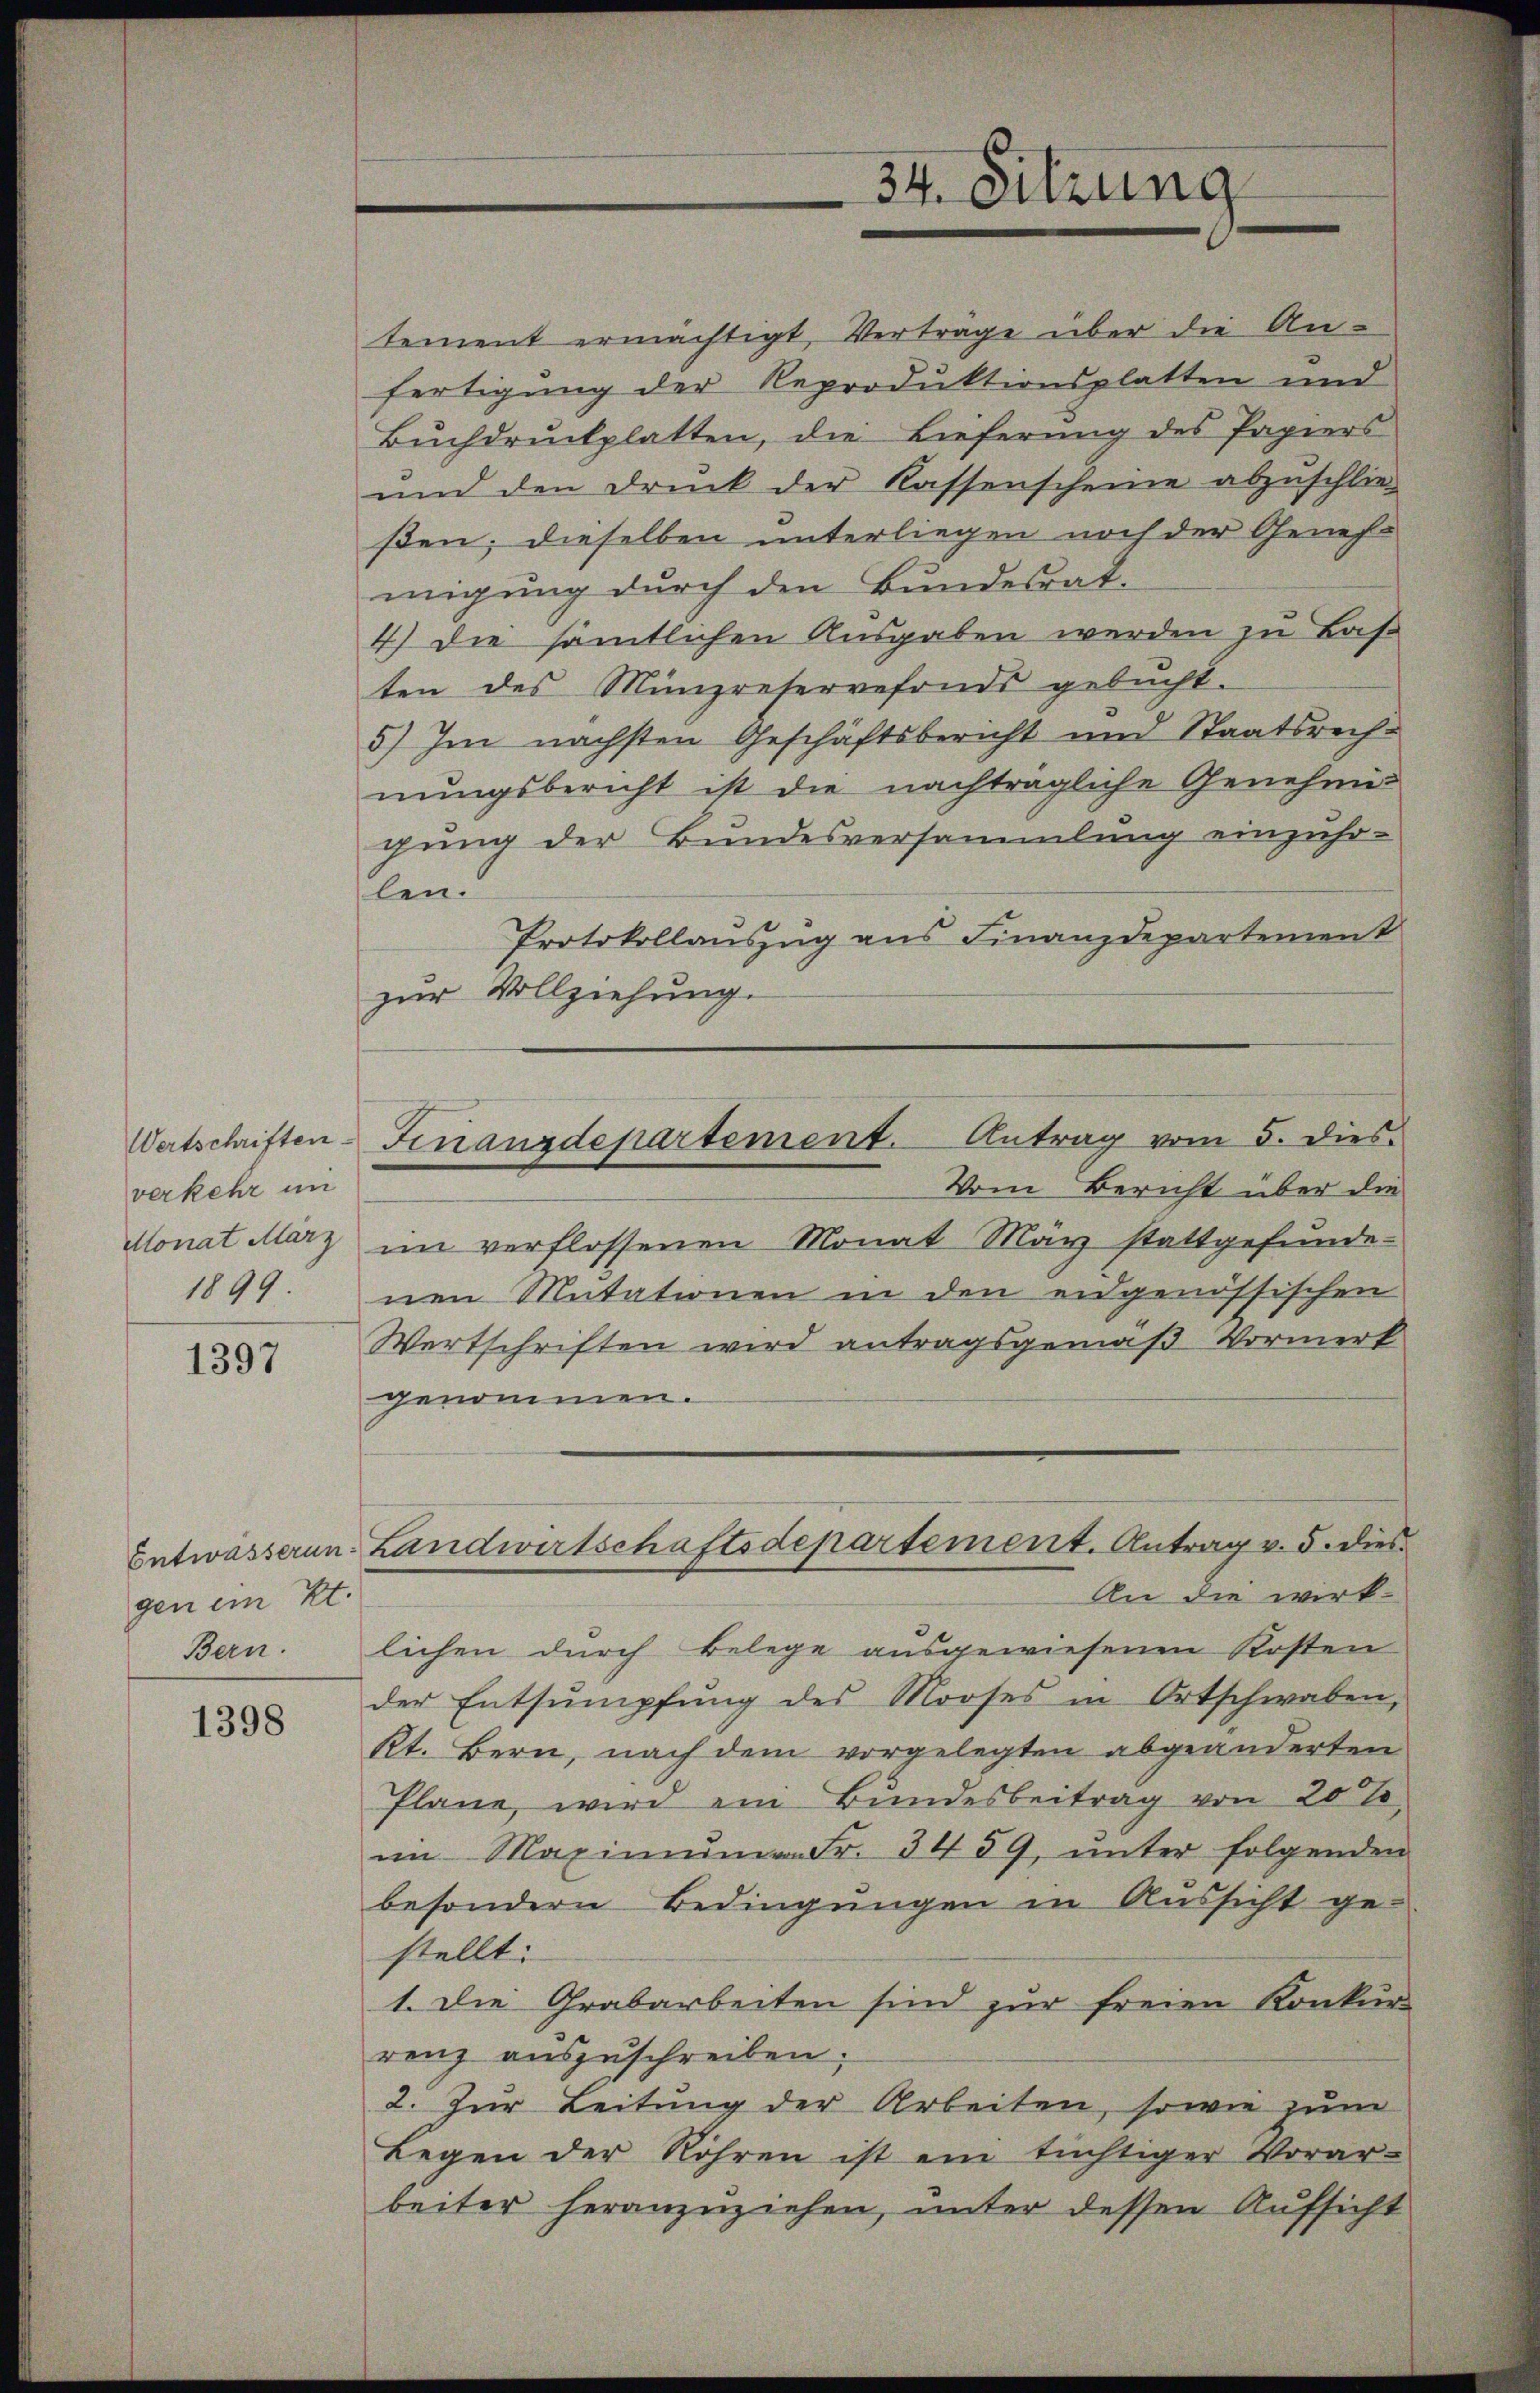
verkehr in
Monat März
1899.

1397

gen ein Kt.

1398

tement ermächtigt, Verträge über die An-
fertigung der Reproduktionsplatten und
Bŭchdrŭckplatten, die Lieferŭng des Papiers
und den Druck der Kassenscheine abzuschlie
ßen; dieselben unterliegen noch der Genehmigung durch den Bundesrat-
4) die sämtlichen Ausgaben werden zu Basten des Münzreservefonds gebŭcht.
5) Im nächsten Geschäftsbericht und Staatsrechnŭngsbericht ist die nachträgliche Genehmig
gung der Bundesversammlung einzuho-
len.
Protokollauszug aus Finanzdepartement
zur Vollziehung.
Vom Bericht über die
im verflossenen Monat März stattgefundenen Mutationen in den eidgenössischen
Wertschriften wird antragsgemäß Vormerk
genommen.
Entwässerun- Landwirtschaftsdepartement. Antrag v. 5. dies
An die wirk-
Bern. lichen durch Belege ausgewiesenen Kosten
der Entsumpfung des Mooses in Ortschwaben,
kt. Bern, nach dem vorgelegten abgeänderten
Plane, wird ein Bundesbeitrag von 20%
im Maximŭm Fr. 3459, ŭnter folgenden
besondern Bedingungen in Aussicht ge-
stellt.
1. Die Grabarbeiten sind zur freien Konkur-
renz auszuschreiben.
2. Zur Leitung der Arbeiten, sowie zum
Legen der Röhren ist ein tüchtiger Vorar-
beiter heranzuziehen, unter dessen Aufsicht

34. Sitzung

Wertschriften Finanzdepartement. Antrag vom 5. dies